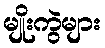
မျိုးကွဲများ